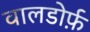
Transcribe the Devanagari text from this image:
वालडोर्फ़